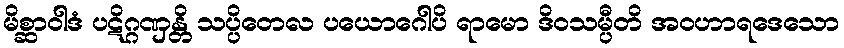
မိစ္ဆာဝါဒံ ပဋိဂ္ဂဏှန္တိ သပ္ပိတေလ ပယောဂေါပိ ရာမော ဒိဝသမ္ပီတိ အဝဟာရဒေသော